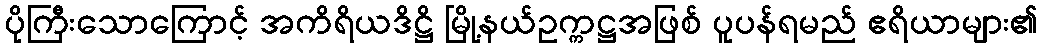
ပိုကြီးသောကြောင့် အကိရိယဒိဋ္ဌိ မြို့နယ်ဥက္ကဋ္ဌအဖြစ် ပူပန်ရမည် ဧရိယာများ၏